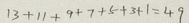
1 3 + 1 1 + 9 + 7 + 5 + 3 + 1 = 4 9